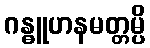
ဂန္ဓူဟနမတ္တမ္ပိ